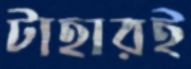
টাহারই